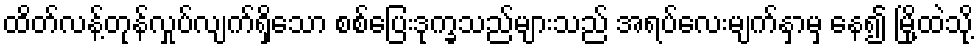
ထိတ်လန့်တုန်လှုပ်လျက်ရှိသော စစ်ပြေးဒုက္ခသည်များသည် အရပ်လေးမျက်နှာမှ နေ၍ မြို့ထဲသို့